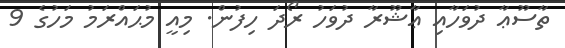
ތާސޫޢާ ދުވަހާއި ޢާޝޫރާ ދުވަހު ރޯދަ ހިފުން. މިއީ މުޙައްރަމު މަހުގެ 9